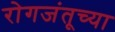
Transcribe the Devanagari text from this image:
रोगजंतूच्या